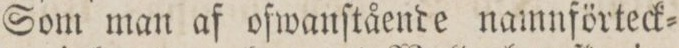
Som man af ofwanſtående namnförteck=